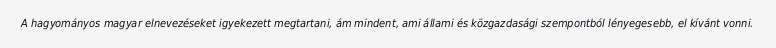
A hagyományos magyar elnevezéseket igyekezett megtartani, ám mindent, ami állami és közgazdasági szempontból lényegesebb, el kívánt vonni.